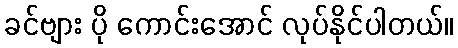
ခင်ဗျား ပို ကောင်းအောင် လုပ်နိုင်ပါတယ်။